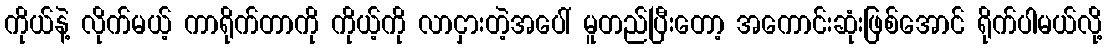
ကိုယ်နဲ့ လိုက်မယ့် ကာရိုက်တာကို ကိုယ့်ကို လာငှားတဲ့အပေါ် မူတည်ပြီးတော့ အကောင်းဆုံးဖြစ်အောင် ရိုက်ပါမယ်လို့